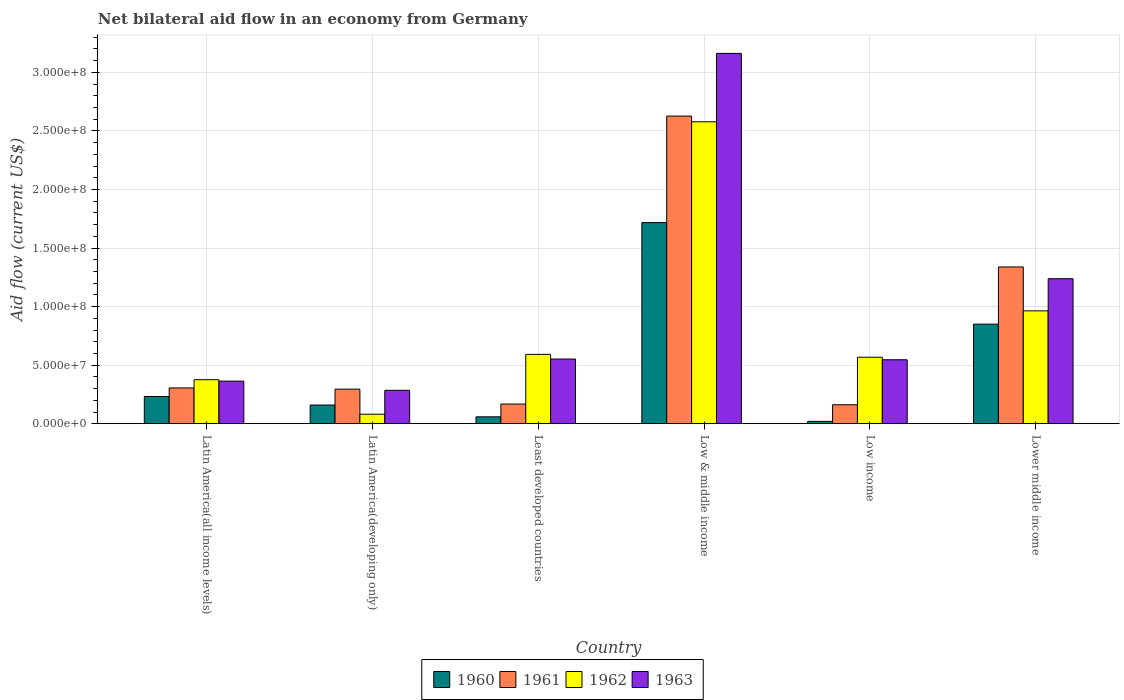
| Country | 1960 | 1961 | 1962 | 1963 |
 | --- | --- | --- | --- | --- |
 | Latin America(all income levels) | 2.32e+07 | 3.06e+07 | 3.76e+07 | 3.64e+07 |
 | Latin America(developing only) | 1.6e+07 | 2.95e+07 | 8.13e+06 | 2.85e+07 |
 | Least developed countries | 5.9e+06 | 1.68e+07 | 5.92e+07 | 5.52e+07 |
 | Low & middle income | 1.72e+08 | 2.63e+08 | 2.58e+08 | 3.16e+08 |
 | Low income | 2.02e+06 | 1.62e+07 | 5.68e+07 | 5.46e+07 |
 | Lower middle income | 8.5e+07 | 1.34e+08 | 9.64e+07 | 1.24e+08 |